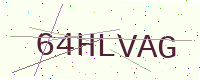
Text: 64HLVAG